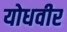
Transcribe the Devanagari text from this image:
योधवीर